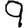
Digit: 9